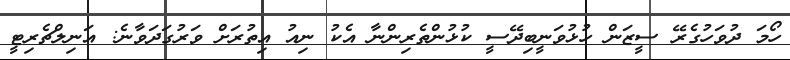
ހޯމަ ދުވަހުގެރޭ ސީޒަން ހުޅުވަނީބިދޭސީ ކުޅުންތެރިންނާ އެކު ނިއު އިތުރަށް ވަރުގަދަވާނެ: އަނިލްޗެރިޓީ